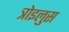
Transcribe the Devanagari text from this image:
त्रोइलुस